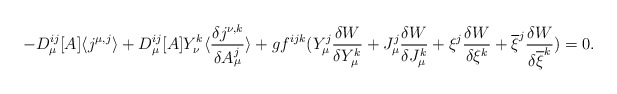
\begin{align*}-D_{\mu}^{ij}[A]\langle j^{\mu ,j}\rangle +D_{\mu}^{ij}[A]Y_{\nu}^k\langle\frac{\delta j^{\nu,k}}{\delta A_{\mu}^j}\rangle+gf^{ijk}(Y_{\mu}^j\frac{\delta W}{\delta Y_{\mu}^k}+J_{\mu}^j\frac{\delta W}{\delta J_{\mu}^k}+\xi ^j\frac{\delta W}{\delta \xi ^k}+\overline{\xi}^j\frac{\delta W}{\delta \overline{\xi}^k})=0.\end{align*}